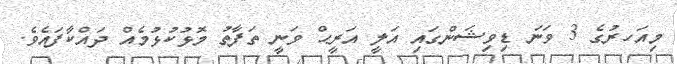
މިއަހރުގެ 3 ވަނަ ޑިވިޝަންގައި އަލީ އަރީޙް ވަނީ ތަފާތު މޮޅުކުޅުމެއް ދައްކާފައެވެ.